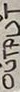
Text: OUTPUT